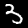
Digit: 3